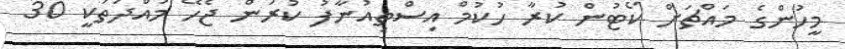
މީހުންގެ މައްޗަށް ކޯޓުން ކުރާ ހުކުމް އިސްތިއުނާފު ކުރަން ޖެހޭ މުއްދަތަކީ 30